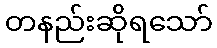
တနည်းဆိုရသော်